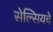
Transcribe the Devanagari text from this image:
सेल्सियचे